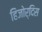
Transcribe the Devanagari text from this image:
हिजोर्दिस